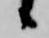
候